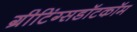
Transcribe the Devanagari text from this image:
ग्रीटिंग्सडॉटकॉम